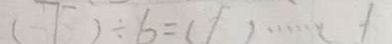
( 7 ) \div 6 = ( 1 ) \cdots 1